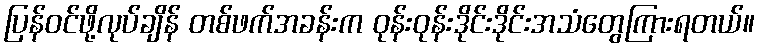
ပြန်ဝင်ဖို့လုပ်ချိန် တစ်ဖက်အခန်းက ဝုန်းဝုန်းဒိုင်းဒိုင်းအသံတွေကြားရတယ်။